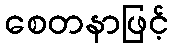
စေတနာဖြင့်